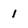
Character: 1